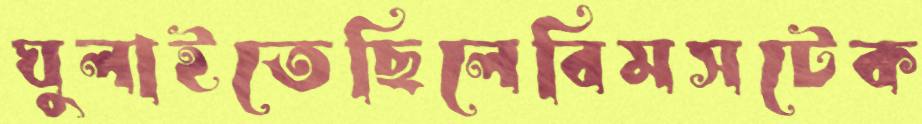
ঘুলাইতেছিলেবিমসটেক